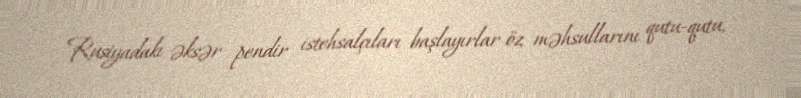
Rusiyadakı əksər pendir istehsalçıları başlayırlar öz məhsullarını qutu-qutu,